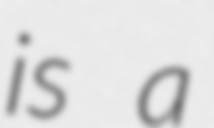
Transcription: is a